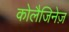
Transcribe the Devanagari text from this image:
कोलैजिनेज़